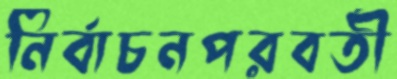
নির্বাচনপরবর্তী